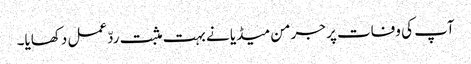
آپ کی وفات پر جرمن میڈیا نے بہت مثبت ردّعمل دکھایا۔